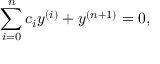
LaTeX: \sum _ { i = 0 } ^ { n } c _ { i } y ^ { ( i ) } + y ^ { ( n + 1 ) } = 0 ,